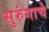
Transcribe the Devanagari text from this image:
सुरुंगाचे